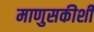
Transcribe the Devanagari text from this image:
माणुसकीशी